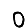
Digit: 0